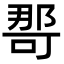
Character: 𭉒